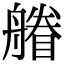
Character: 䒅